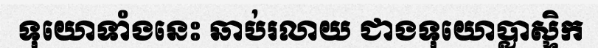
ទុយោទាំងនេះ ឆាប់រលាយ ជាងទុយោប្លាស្ទិក